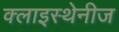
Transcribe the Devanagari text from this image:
क्लाइस्थेनीज